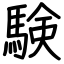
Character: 験